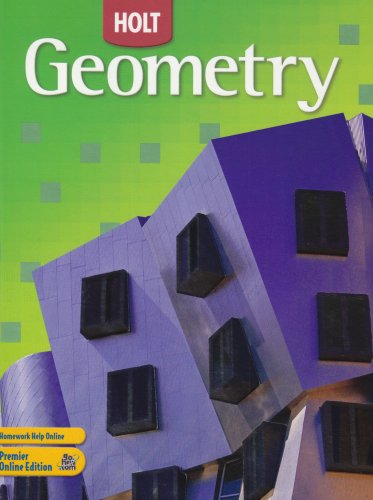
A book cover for Holt Geometry: Student Edition 2007; RINEHART AND WINSTON HOLT; Teen & Young Adult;